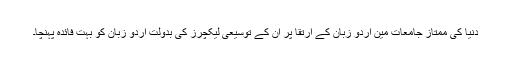
دنیا کی ممتاز جامعات مین اردو زبان کے ارتقا پر ان کے توسیعی لیکچرز کی بدولت اردو زبان کو بہت فائدہ پہنچا۔